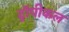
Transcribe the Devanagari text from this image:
ट्रॉपीकल